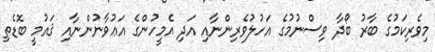
މިވެރިކަމުގެ ބާރު ބޯދާ ވިސްނުމުގެ އަހުލުވެރިންނާއި އަދި އެމީހުންގެ އަޢުވާނުންނާއި ޤައުމީ ބޮޑެތި